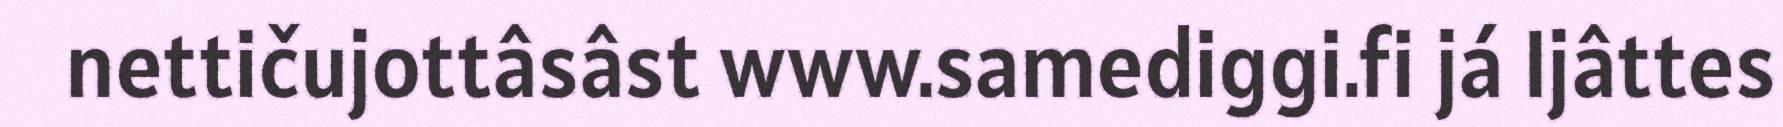
nettičujottâsâst www.samediggi.fi já Ijâttes